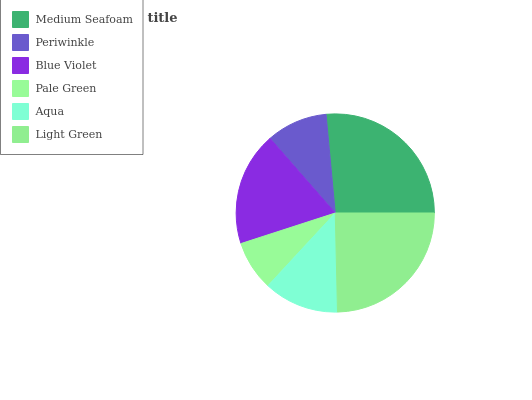
| Medium Seafoam | Periwinkle | Blue Violet | Pale Green | Aqua | Light Green |
 | --- | --- | --- | --- | --- | --- |
 | 26.4% | 9.96% | 18.6% | 8.13% | 12.2% | 24.7% |